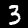
Digit: 3